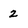
Character: 2